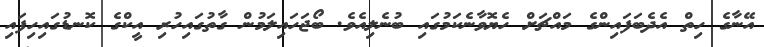
އޭނާގެ ހިތް އެދެބަފައިންގެ މައްޗަށް ހެޔޮވާނެކަމުގައި ބުނެލިއެވެ. ބޯޖަހައިލަމުން ގާތުގައިހުރި އީކްގެ ކޮނޑުގައިހިފައި